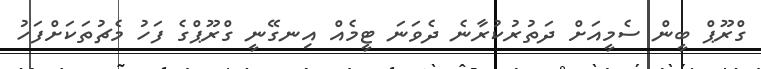
ގްރޫޕް ބީން ސެމީއަށް ދަތުރުކުރާނެ ދެވަނަ ޓީމެއް އިނގޭނީ ގްރޫޕްގެ ފަހު މެޗުތަކަށްފަހު